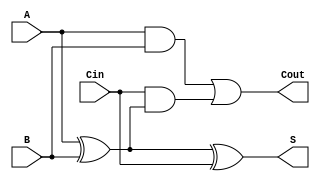
module LowPowerFullAdder (
    input  wire A,     // First input bit
    input  wire B,     // Second input bit
    input  wire Cin,   // Carry-in bit
    output wire S,     // Sum output
    output wire Cout    // Carry-out output
);

    // Intermediate signal for XOR operation
    wire AB_XOR;

    // Logic equations for the Full Adder
    // Sum (S) = A  B  Cin
    assign AB_XOR = A ^ B;   // A XOR B
    assign S = AB_XOR ^ Cin; // Sum output

    // Carry-out (Cout) = (A AND B) OR (Cin AND (A  B))
    assign Cout = (A & B) | (Cin & AB_XOR);

endmodule